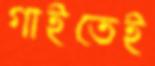
গাইতেই